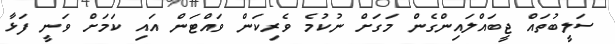
ސަލީބުތައް ޖީބައްލައިންގެން މަގަށް ނުކުމެ ވެރިކަން ވައްޓަން އައި ކަމަށް ވަނީ ފަޅާ